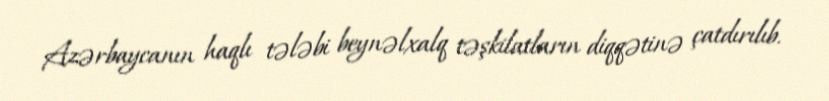
Azərbaycanın haqlı tələbi beynəlxalq təşkilatların diqqətinə çatdırılıb.